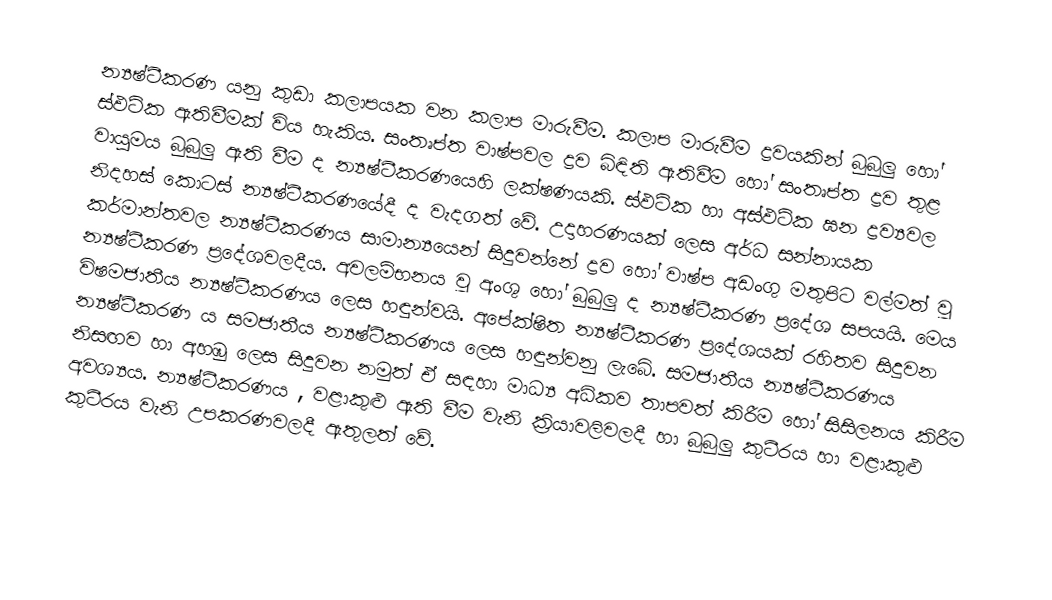
න්‍යෂ්ටීකරණ යනු කුඩා කලාපයක වන කලාප මාරුවීම. කලාප මාරුවීම ද්‍රවයකින් බුබුලු හෝ ස්ඵටික ඇතිවීමක් විය හැකිය. සංතෘප්ත වාෂ්පවල ද්‍රව බිඳිති ඇතිවීම හෝ සංතෘප්ත ද්‍රව තුළ වායුමය බුබුලු ඇති වීම ද න්‍යෂ්ටීකරණයෙහි ලක්ෂණයකි. ස්ඵටික හා අස්ඵටික ඝන ද්‍රව්‍යවල නිදහස් කොටස් න්‍යෂ්ටීකරණයේදී ද වැදගත් වේ. උදාහරණයක් ලෙස අර්ධ සන්නායක කර්මාන්තවල න්‍යෂ්ටීකරණය සාමාන්‍යයෙන් සිදුවන්නේ ද්‍රව හෝ වාෂ්ප අඩංගු මතුපිට වල්මත් වූ න්‍යෂ්ටීකරණ ප්‍රදේශවලදීය. අවලම්භනය වූ අංශු හෝ බුබුලු ද න්‍යෂ්ටීකරණ ප්‍රදේශ සපයයි. මෙය විෂමජාතීය න්‍යෂ්ටීකරණය ලෙස හඳුන්වයි. අපේක්ෂිත න්‍යෂ්ටීකරණ ප්‍රදේශයක් රහිතව සිදුවන න්‍යෂ්ටීකරණ ය සමජාතීය න්‍යෂ්ටීකරණය ලෙස හඳුන්වනු ලැබේ. සමජාතීය න්‍යෂ්ටීකරණය නිසඟව හා අහඹු ලෙස සිදුවන නමුත් ඒ සඳහා මාධ්‍ය අධිකව තාපවත් කිරීම හෝ සිසිලනය කිරීම අවශ්‍යය. න්‍යෂ්ටීකරණය , වළාකුළු ඇති වීම වැනි ක්‍රියාවලිවලදී හා බුබුලු කුටීරය හා වළාකුළු කුටීරය වැනි උපකරණවලදී ඇතුලත් වේ.